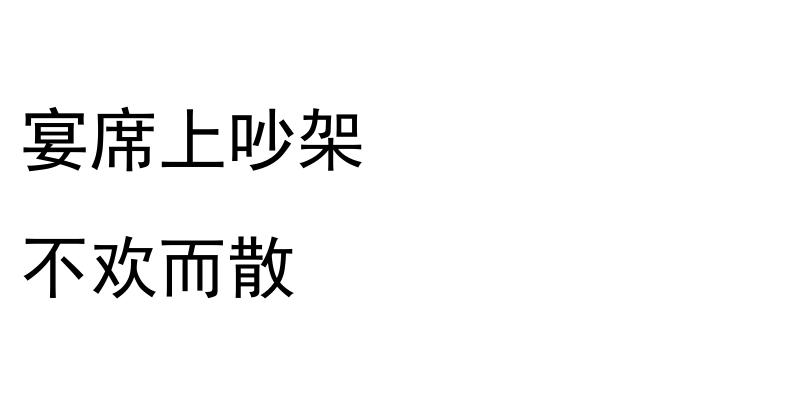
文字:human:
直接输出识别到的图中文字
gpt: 宴席上吵架 不欢而散